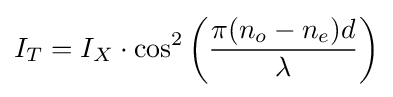
I_{T}=I_{X}\cdot \operatorname {cos} ^{2}\left({\frac {\pi (n_{o}-n_{e})d}{\lambda }}\right)